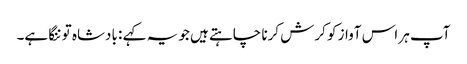
آپ ہر اس آواز کو کرش کرنا چاہتے ہیں جو یہ کہے : بادشاہ تو ننگا ہے۔